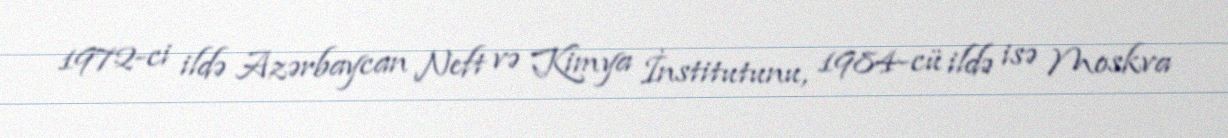
1972-ci ildə Azərbaycan Neft və Kimya İnstitutunu, 1984-cü ildə isə Moskva